65_HS1-834228961_62-HQ-83894_Serial_438
Agency: FBI
Page 36
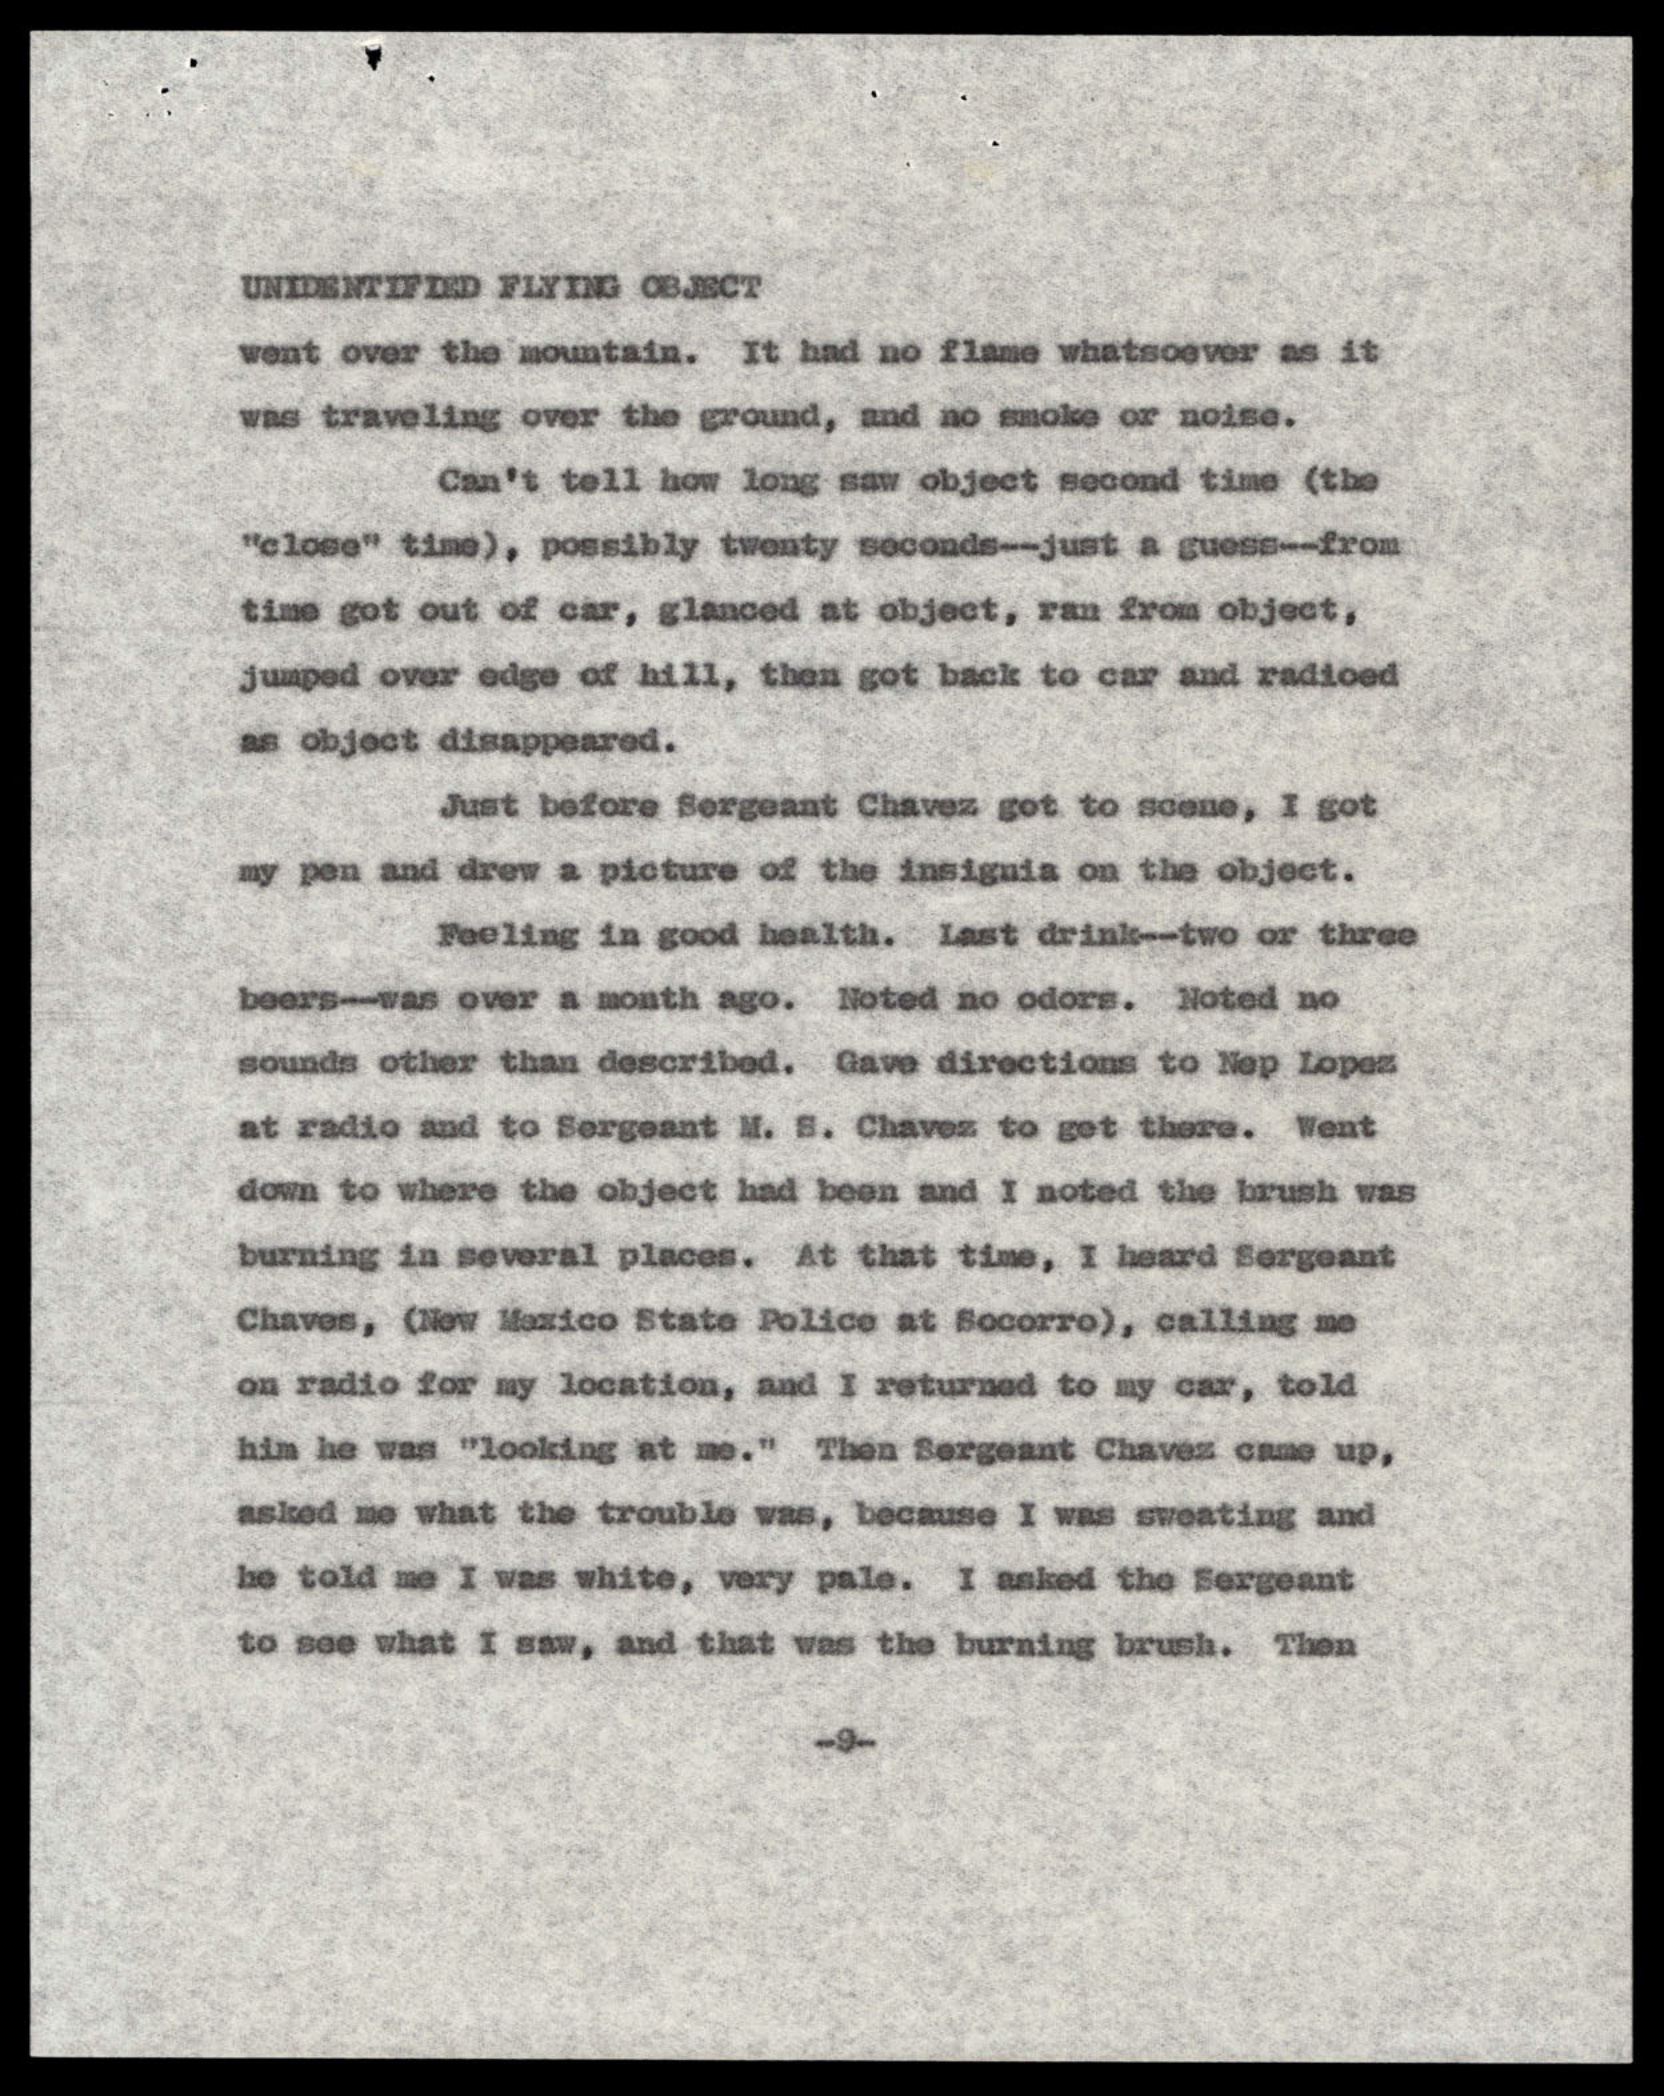